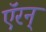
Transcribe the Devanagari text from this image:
ऍरन्